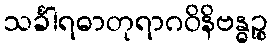
သင်္ခါရဓာတုရာဂဝိနိဗန္ဓဉ္စ